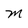
Character: m